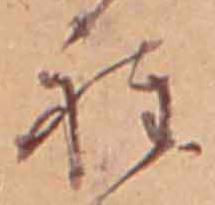
程